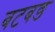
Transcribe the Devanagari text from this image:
बटबङ